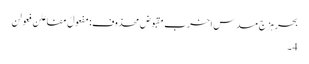
بحرِ ہزج مسدس اخرب مقبوض محذوف:مفعولُ مفاعلن فعولن
4۔